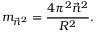
m _ { \vec { n } ^ { 2 } } = { \frac { 4 \pi ^ { 2 } \vec { n } ^ { 2 } } { R ^ { 2 } } } . \,